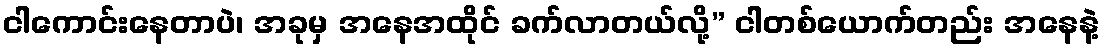
ငါကောင်းနေတာပဲ၊ အခုမှ အနေအထိုင် ခက်လာတယ်လို့” ငါတစ်ယောက်တည်း အနေနဲ့